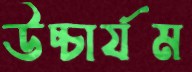
উচ্চার্যম